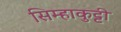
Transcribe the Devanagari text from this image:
सिम्हाकुट्टी